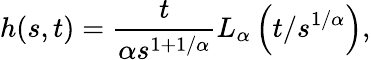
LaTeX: h(s,t)=\frac{t}{\alpha s^{1+1/\alpha}}L_{\alpha}\left(t/s^{1/\alpha}\right),